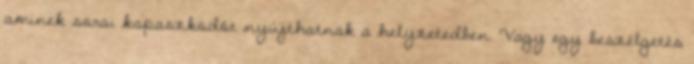
aminek sorai kapaszkodót nyújthatnak a helyzetedben. Vagy egy beszélgetés